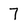
Character: 7